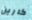
كارين